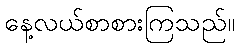
နေ့လယ်စာစားကြသည်။